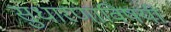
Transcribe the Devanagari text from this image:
सुधारणाविषयी